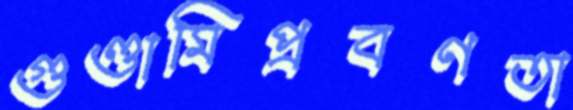
গুণ্ডামিপ্রবণতা